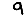
Digit: 9